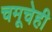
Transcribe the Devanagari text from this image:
चमूचेही